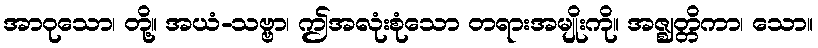
အာဝုသော၊ တို့။ အယံ-သဗ္ဗာ၊ ဤအလုံးစုံသော တရားအမျိုးကို။ အဇ္ဈတ္တိကာ၊ သော။